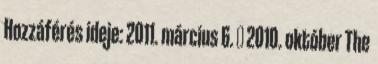
Hozzáférés ideje: 2011. március 6. ↑ 2010. október The